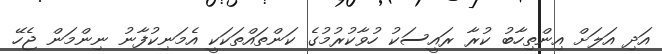
އަދި އަލަށް އިންތިހާބު ކުރާ ރައީސަކު ހުވާކުރުމުގެ ކަންތައްތަކަކީ އެމަނިކުފާނު ނިންމަން ޖެހޭ